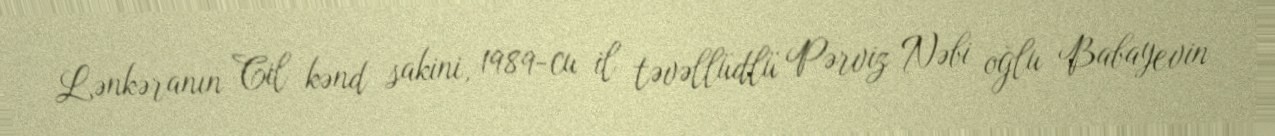
Lənkəranın Cil kənd sakini, 1989-cu il təvəllüdlü Pərviz Nəbi oğlu Babayevin